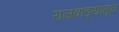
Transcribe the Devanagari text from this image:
राजवाड्यातून